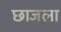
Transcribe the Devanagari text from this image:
छाजला